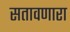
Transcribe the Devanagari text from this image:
सतावणारा